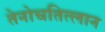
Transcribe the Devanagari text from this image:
तेनोचतित्लान